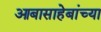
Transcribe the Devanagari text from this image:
आबासाहेबांच्या